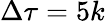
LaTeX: \Delta\tau=5k